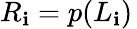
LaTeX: R_{\mathbf{i}}=p(L_{\mathbf{i}})\,